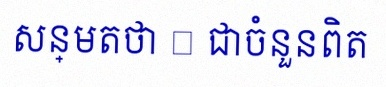
សន្មតថា x ជាចំនួនពិត